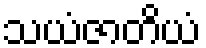
သယံဇာတိယံ